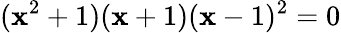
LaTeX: (\mathbf{x}^{2}+1)(\mathbf{x}+1)(\mathbf{x}-1)^{2}=0